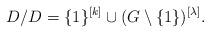
LaTeX: \begin{align*}D/D = \{1\}^{[k]} \cup (G \setminus \{1\})^{[\lambda]}.\end{align*}